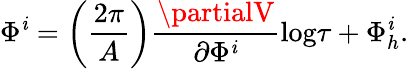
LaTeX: \Phi^{\mathit{i}}=\left(\frac{{2\pi}}{{A}}\right)\frac{{\partialV}}{{\partial\Phi^{\mathit{i}}}}\mathrm{{log}}\tau+\Phi_{h}^{\mathit{i}}.